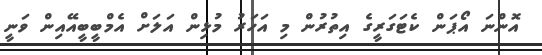
އޮންނަ އޯޕަން ކެޓަގަރީގެ އިތުރުން މި އަހަރު މުޅިން އަލަށް އެމްބީބީއޭއިން ވަނީ